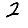
Digit: 2